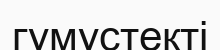
гумустекті